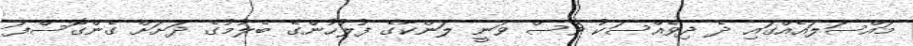
މައްސަލައެއްގައި ދެ ދިވެއްސަކު ވެސް ވަނީ ލަންކާގެ ފުލުހުންގެ ބެލުމުގެ ދަށަށް ގެންގޮސްފަ